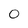
Character: 0